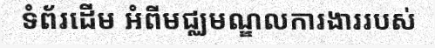
ទំព័រដើម អំពីមជ្ឈមណ្ឌលការងាររបស់